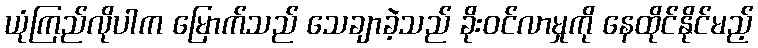
ယုံကြည်လိုပါက မြောက်သည် သေချာခဲ့သည် ခိုးဝင်လာမှုကို နေထိုင်နိုင်မည့်